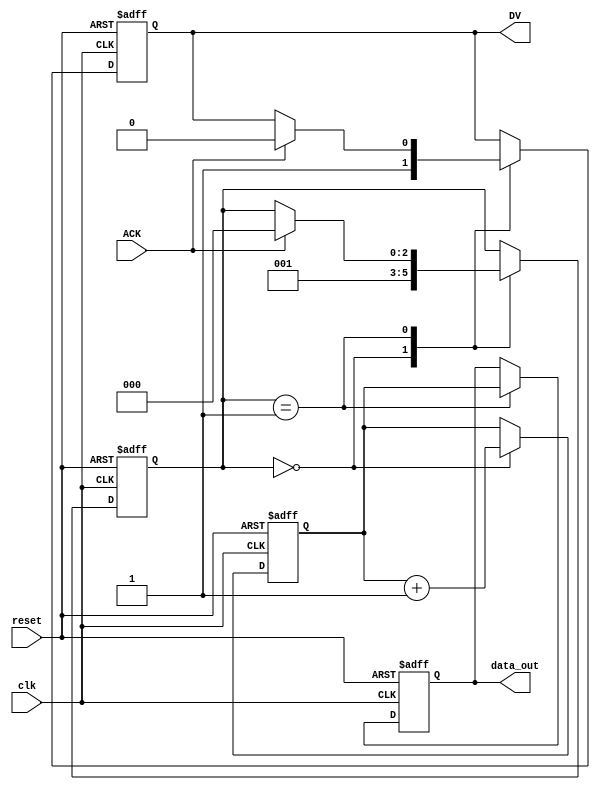
module producer (
    input wire clk,             // Clock for internal operations (not used for handshake)
    input wire reset,           // Asynchronous reset
    output reg [7:0] data_out,  // Data output to consumer
    output reg DV,              // Data Valid signal
    input wire ACK              // Acknowledgment signal from consumer
);
    
    reg [7:0] data_buffer;      // Data buffer for sending data
    reg [2:0] state;            // State variable

    localparam IDLE = 3'b000,   // Idle state
               SEND = 3'b001;   // Sending data state

    always @(posedge clk or posedge reset) begin
        if (reset) begin
            state <= IDLE;
            DV <= 0;
            data_out <= 8'b0;
            data_buffer <= 8'b0;
        end else begin
            case (state)
                IDLE: begin
                    // Prepare next data to send
                    data_buffer <= data_buffer + 1; // Example data generation
                    DV <= 1; // Assert Data Valid
                    state <= SEND;
                end
                
                SEND: begin
                    data_out <= data_buffer; // Place data on the bus
                    if (ACK) begin
                        DV <= 0; // Deassert Data Valid
                        state <= IDLE; // Go back to idle to wait for next transfer
                    end
                end
            endcase
        end
    end
endmodule